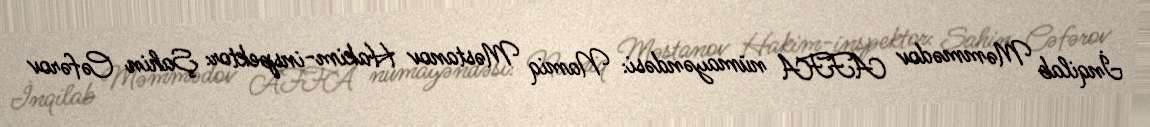
İnqilab Məmmədov AFFA nümayəndəsi: Namiq Məstanov Hakim-inspektor: Şahin Cəfərov